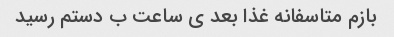
بازم متاسفانه غذا بعد ی ساعت ب دستم رسید